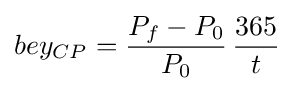
bey_{CP}={\frac {P_{f}-P_{0}}{P_{0}}}\,{\frac {365}{t}}